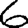
Digit: 6